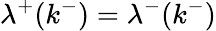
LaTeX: \lambda^{+}(k^{-})=\lambda^{-}(k^{-})